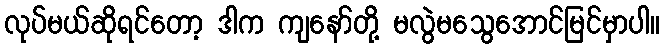
လုပ်မယ်ဆိုရင်တော့ ဒါက ကျနော်တို့ မလွဲမသွေအောင်မြင်မှာပါ။